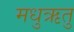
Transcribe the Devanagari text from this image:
मधुऋतु